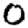
Digit: 0